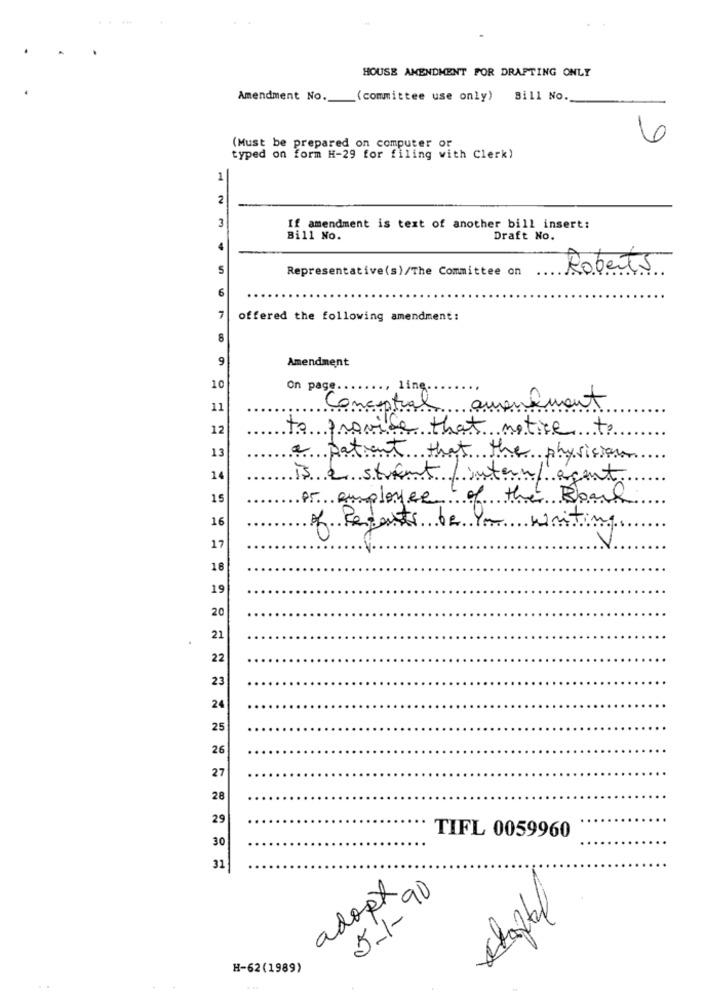
HOUSE AMENDMENT FOR DRAFTING ONLY
Amendment No.
(committee use only) Bill No.
0
(Must be prepared on computer or
typed on form H-29 for filing with Clerk)
1
2
3
If amendment is text of another bill insert:
Bill No.
Draft No.
4
Representative(s)/The Committee on
Roberts
6
7
offered the following amendment:
9
Amendment
10
On page.
line.
11
Conceptual amendment
12
to provide that notice to
13
a patient that the physician
14
is e strant /internil'agent
15
Pr employee of the Board
16
of Regents de la writing
17
18
19
20
21
22
23
24
25
26
27
28
29
30
TIFL 0059960
31
adopx
5-1- 90
chaptal
H-62(1989)